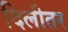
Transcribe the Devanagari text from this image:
दिलीतर